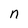
Character: n